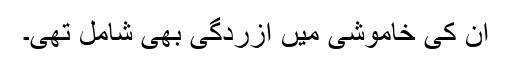
ان کی خاموشی میں آزردگی بھی شامل تھی۔